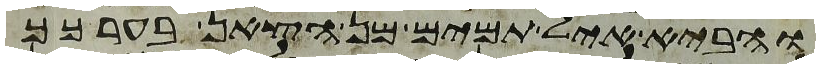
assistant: והביא איל תמים מן הצאן בערכך